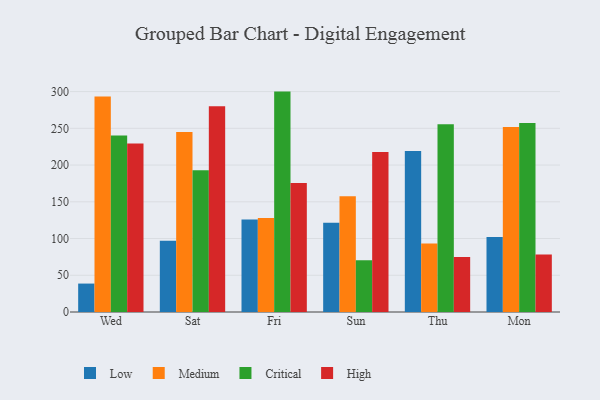
{"axis": {"x": "Day", "y": "Humidity (%)"}, "legend": ["Critical", "High", "Low", "Medium"], "data": [{"x": "Wed", "y": 38.7, "type": "Low"}, {"x": "Wed", "y": 293.3, "type": "Medium"}, {"x": "Wed", "y": 240.1, "type": "Critical"}, {"x": "Wed", "y": 229.3, "type": "High"}, {"x": "Sat", "y": 97.1, "type": "Low"}, {"x": "Sat", "y": 244.9, "type": "Medium"}, {"x": "Sat", "y": 192.8, "type": "Critical"}, {"x": "Sat", "y": 279.9, "type": "High"}, {"x": "Fri", "y": 125.9, "type": "Low"}, {"x": "Fri", "y": 128.1, "type": "Medium"}, {"x": "Fri", "y": 300.0, "type": "Critical"}, {"x": "Fri", "y": 175.7, "type": "High"}, {"x": "Sun", "y": 121.6, "type": "Low"}, {"x": "Sun", "y": 157.4, "type": "Medium"}, {"x": "Sun", "y": 70.4, "type": "Critical"}, {"x": "Sun", "y": 217.7, "type": "High"}, {"x": "Thu", "y": 219.0, "type": "Low"}, {"x": "Thu", "y": 93.4, "type": "Medium"}, {"x": "Thu", "y": 255.6, "type": "Critical"}, {"x": "Thu", "y": 74.8, "type": "High"}, {"x": "Mon", "y": 102.2, "type": "Low"}, {"x": "Mon", "y": 251.9, "type": "Medium"}, {"x": "Mon", "y": 257.3, "type": "Critical"}, {"x": "Mon", "y": 78.1, "type": "High"}]}